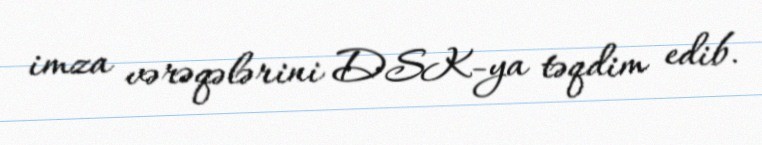
imza vərəqələrini DSK-ya təqdim edib.